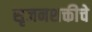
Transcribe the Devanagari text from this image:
सृजनशक्तीचे